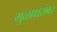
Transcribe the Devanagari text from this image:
मुळाक्षरांवर